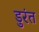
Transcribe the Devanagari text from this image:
डुरंत